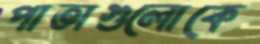
পাতাগুলোকে